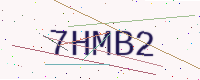
Text: 7HMB2